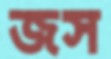
জস